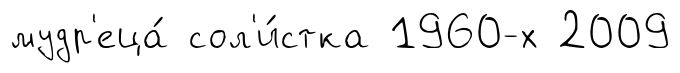
мудр'еца́ сол'и́стка 1960-х 2009